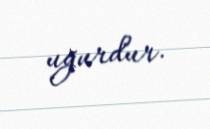
uğurdur.